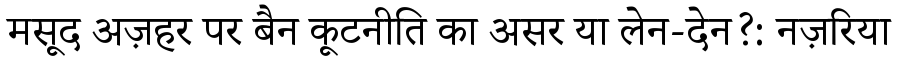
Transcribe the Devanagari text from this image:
मसूद अज़हर पर बैन कूटनीति का असर या लेन-देन?: नज़रिया